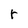
Character: r